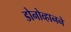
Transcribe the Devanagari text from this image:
डोनोव्हानने